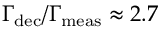
\Gamma _ { \mathrm { d e c } } / \Gamma _ { \mathrm { m e a s } } \approx 2 . 7